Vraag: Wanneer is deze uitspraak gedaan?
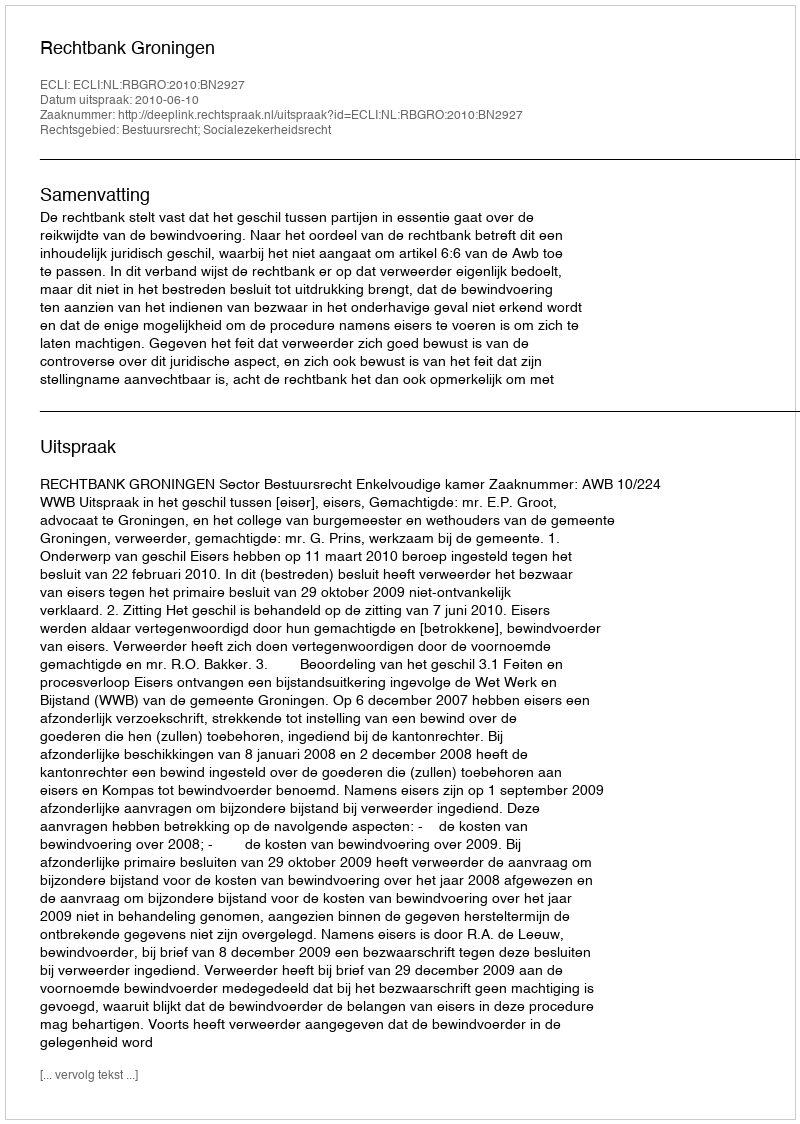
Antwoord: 2010-06-10